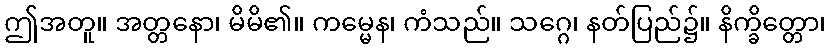
ဤအတူ။ အတ္တနော၊ မိမိ၏။ ကမ္မေန၊ ကံသည်။ သဂ္ဂေ၊ နတ်ပြည်၌။ နိက္ခိတ္တော၊